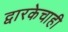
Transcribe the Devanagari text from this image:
द्वारकेचाही